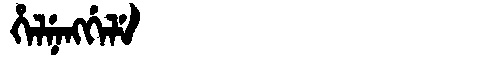
Manchu: ᡥᡝᠯᠨᡝᠩᡤᡝᠯᡝ
Romanization: HELNENGGELE